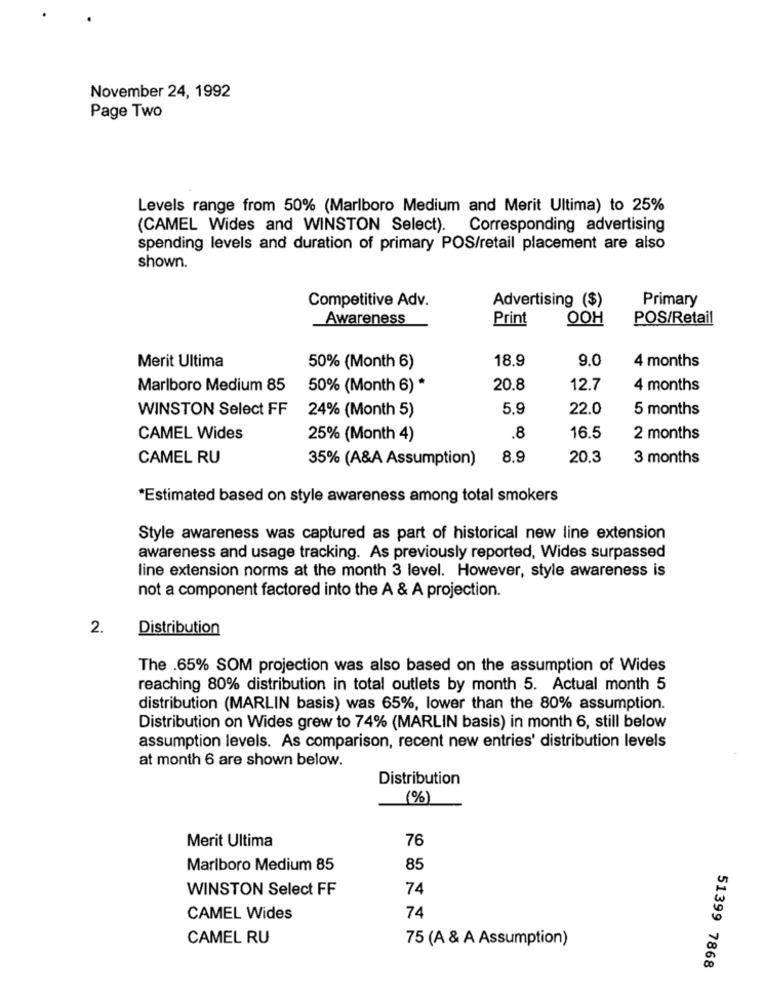
November 24, 1992
Page Two
Levels range from 50% (Marlboro Medium and Merit Ultima) to 25%
(CAMEL Wides and WINSTON Select). Corresponding advertising
spending levels and duration of primary POS/retail placement are also
shown.
Competitive Adv.
Primary
Advertising ($)
Awareness
Print
OOH
POS/Retail
Merit Ultima
18.9
9.0
4 months
50% (Month 6)
Marlboro Medium 85
50% (Month 6) *
20.8
12.7
4 months
WINSTON Select FF
24% (Month 5)
5.9
22.0
5 months
CAMEL Wides
25% (Month 4)
.8
16.5
2 months
CAMEL RU
35% (A&A Assumption)
8,9
20.3
3 months
*Estimated based on style awareness among total smokers
Style awareness was captured as part of historical new line extension
awareness and usage tracking. As previously reported, Wides surpassed
line extension norms at the month 3 level. However, style awareness is
not a component factored into the A & A projection.
2.
Distribution
The .65% SOM projection was also based on the assumption of Wides
reaching 80% distribution in total outlets by month 5. Actual month 5
distribution (MARLIN basis) was 65%, lower than the 80% assumption.
Distribution on Wides grew to 74% (MARLIN basis) in month 6, still below
assumption levels. As comparison, recent new entries' distribution levels
at month 6 are shown below.
Distribution
(%)
Merit Ultima
76
Marlboro Medium 85
85
WINSTON Select FF
74
CAMEL Wides
74
CAMEL RU
75 (A & A Assumption)
51399 7868